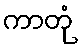
ကာတုံ